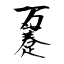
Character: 趸